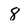
Character: 8